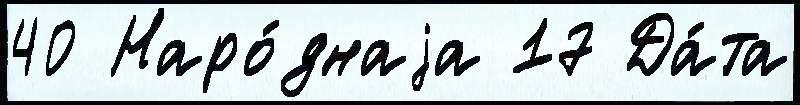
40 Наро́днаjа 17 Да́та